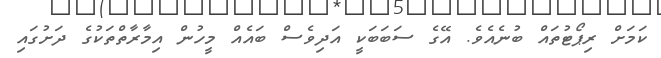
ކަމަށް ރިޕޯޓުތައް ބުނެއެވެ. އޭގެ ސަބަބަކީ އަދިވެސް ބައެއް މީހުން އިމާރާތްތަކުގެ ދަށުގައި